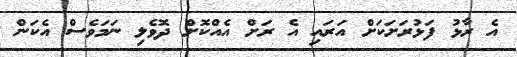
އެ ރާޅު ފަޅުރަށަކަށް އަރައި އެ ރަށް އެއްކޮށް ދޮވެލި ނަމަވެސް އެކަން